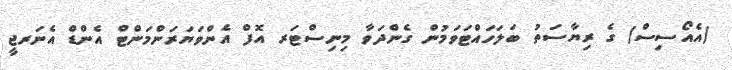
(އެއޯސިސް) ގެ ރިޔާސަތު ބަލަހައްޓަވަމުން ގެންދަވާ މިނިސްޓަރ އޮފް އެންވަޔަރަންމަންޓް އެންޑް އެނަރޖީ